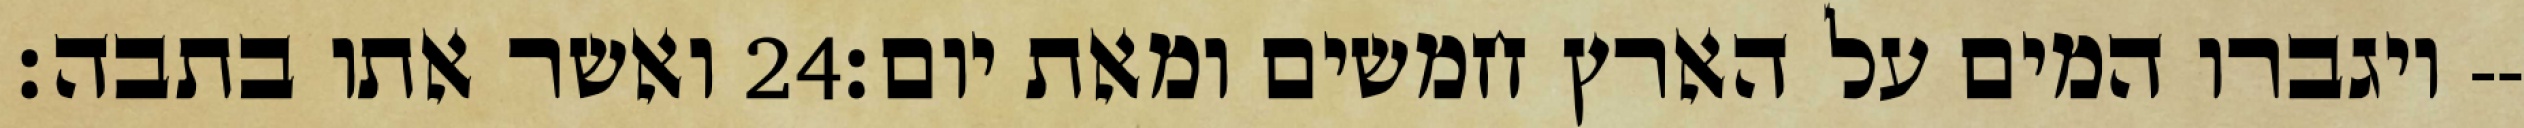
ואשר אתו בתבה׃ ‎24‏ ויגברו המים על הארץ חמשים ומאת יום׃--